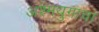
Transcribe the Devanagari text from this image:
अश्मयुगाचा